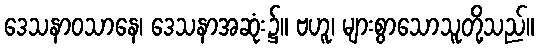
ဒေသနာဝသာနေ၊ ဒေသနာအဆုံး၌။ ဗဟူ၊ များစွာသောသူတို့သည်။